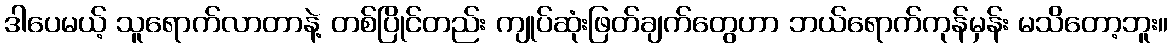
ဒါပေမယ့် သူရောက်လာတာနဲ့ တစ်ပြိုင်တည်း ကျုပ်ဆုံးဖြတ်ချက်တွေဟာ ဘယ်ရောက်ကုန်မှန်း မသိတော့ဘူး။